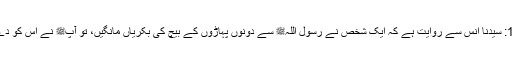
1587: سیدنا انسؓ سے روایت ہے کہ ایک شخص نے رسول اللہﷺ سے دونوں پہاڑوں کے بیچ کی بکریاں مانگیں، تو آپﷺ نے اس کو دے دیں۔